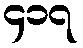
၄၁၇